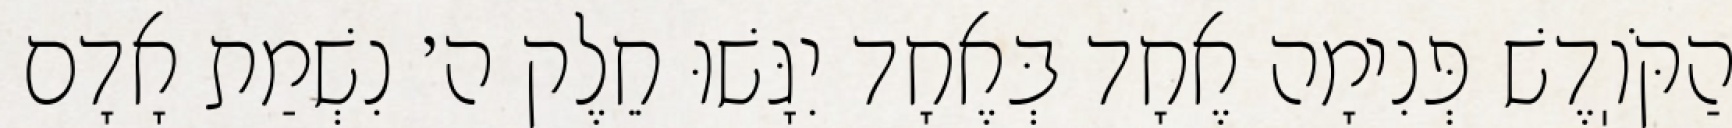
הַקֹּוֽדֶשׁ פְּנִימָה אֶחָד בְּאֶחָד יִגָּשׁוּ חֵלֶק ה׳ נִשְׁמַת אָדָם